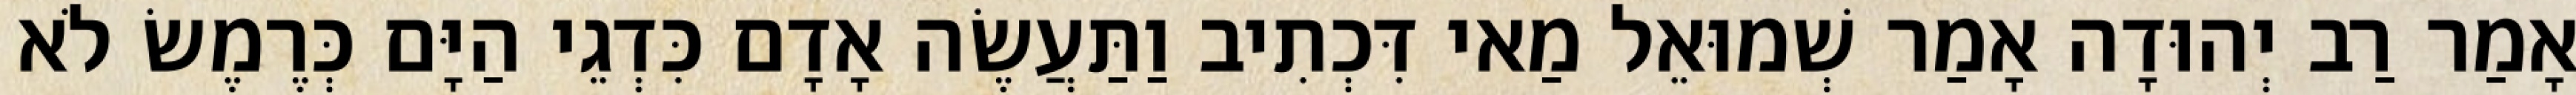
אָמַר רַב יְהוּדָה אָמַר שְׁמוּאֵל מַאי דִּכְתִיב וַתַּעֲשֶׂה אָדָם כִּדְגֵי הַיָּם כְּרֶמֶשׂ לֹא